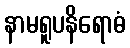
နာမရူပနိရောဓံ